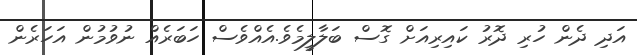
އަދި ދެން ހުރި ދޮރު ކައިރިއަށް ގޮސް ބަލާލީމެވެ.އެއްވެސް ހަބަރެއް ނުވުމުން އަހަރެން